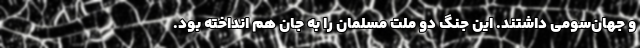
و جهان‌سومی داشتند. این جنگ دو ملت مسلمان را به جان هم انداخته بود.